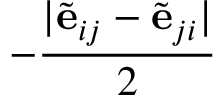
- \frac { \vert \tilde { \mathbf { e } } _ { i j } - \tilde { \mathbf { e } } _ { j i } \vert } { 2 }